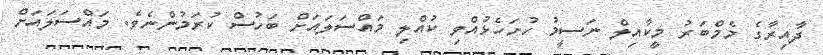
ދާއިރާގެ މެމްބަރު މީކާއިލް ނަސީމު ހުށަހެޅުއްވި ކުއްލި މައްސަލައަށް ބަހުސް ކުރަމުންނެވެ. މައްސަލައަށް